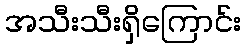
အသီးသီးရှိကြောင်း